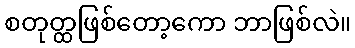
စတုတ္ထဖြစ်တော့ကော ဘာဖြစ်လဲ။